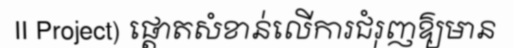
II Project) ផ្តោតសំខាន់លើការជំរុញឱ្យមាន